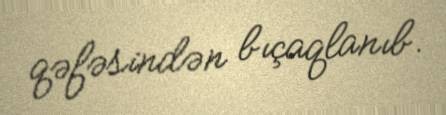
qəfəsindən bıçaqlanıb.